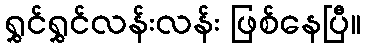
ရွှင်ရွှင်လန်းလန်း ဖြစ်နေပြီ။